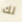
لك